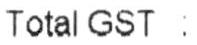
TOTAL GST :